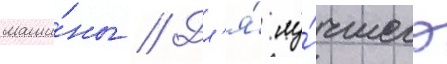
маши́ны // Дл'я́ лу́чшего